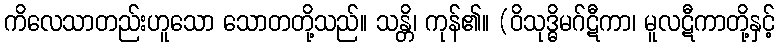
ကိလေသာတည်းဟူသော သောတတို့သည်။ သန္တိ၊ ကုန်၏။ (ဝိသုဒ္ဓိမဂ်ဋီကာ၊ မူလဋီကာတို့နှင့်